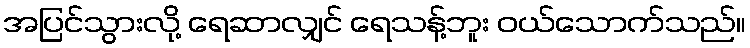
အပြင်သွားလို့ ရေဆာလျှင် ရေသန့်ဘူး ဝယ်သောက်သည်။